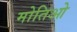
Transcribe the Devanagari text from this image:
मोतिओ